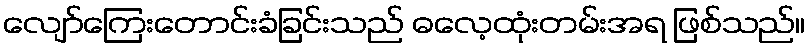
လျော်ကြေးတောင်းခံခြင်းသည် ဓလေ့ထုံးတမ်းအရ ဖြစ်သည်။